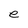
Character: e